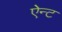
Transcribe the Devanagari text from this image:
ऐन्ट